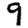
Digit: 9